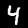
Label: 4